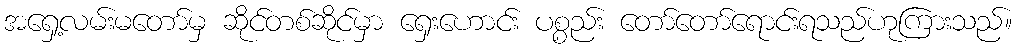
အရှေ့လမ်းမတော်မှ ဆိုင်တစ်ဆိုင်မှာ ရှေးဟောင်း ပစ္စည်း တော်တော်ရောင်းရသည်ဟုကြားသည်။